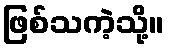
ဖြစ်သကဲ့သို့။